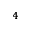
^ 4